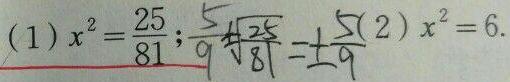
(1) $x^{2}=\frac{25}{81}$; $\sqrt{\frac{25}{81}}=\pm\frac{5}{9}$ (2) $x^{2}=6$.